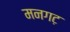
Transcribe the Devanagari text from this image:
मनगट़